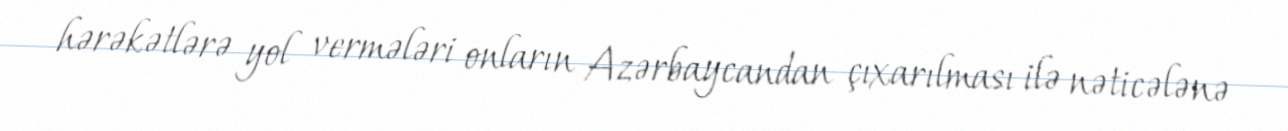
hərəkətlərə yol vermələri onların Azərbaycandan çıxarılması ilə nəticələnə